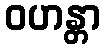
ဝဟန္တာ